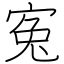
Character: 寃